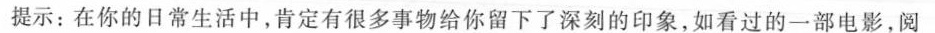
提示：在你的日常生活中，肯定有很多事物给你留下了深刻的印象，如看过的一部电影，阅